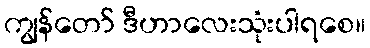
ကျွန်တော် ဒီဟာလေးသုံးပါရစေ။